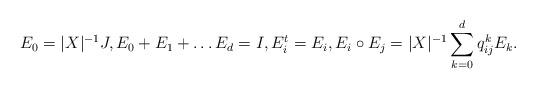
LaTeX: \begin{align*}E_0 = |X|^{-1} J, E_0 + E_1+ \dots E_d = I, E^t_i= E_i,E_i \circ E_j =|X|^{-1}\sum_{k=0}^d q^k_{ij} E_k.\end{align*}